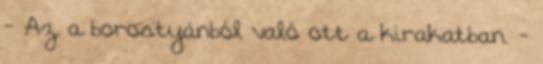
- Az a borostyánból való ott a kirakatban. -